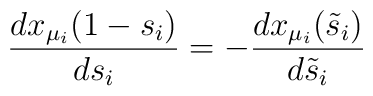
\frac{dx_{\mu_i}(1-s_i)}{ds_i}=-\frac{dx_{\mu_i}(\tilde{s}_i)}	{d\tilde{s}_i}